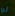
لو